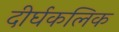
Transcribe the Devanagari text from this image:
दीर्घकलिक